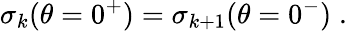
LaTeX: \sigma_{k}(\theta=0^{+})=\sigma_{k+1}(\theta=0^{-})\; .